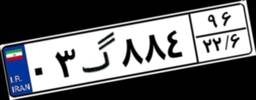
۰۳گ۸۸۴۹۶